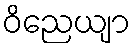
ဝိညေယျာ